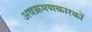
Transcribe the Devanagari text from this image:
अवक्रमणकारकों